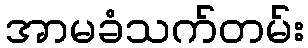
အာမခံသက်တမ်း